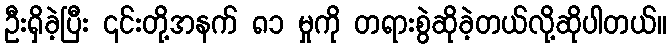
ဦးရှိခဲ့ပြီး ၎င်းတို့အနက် ၈၁ မှုကို တရားစွဲဆိုခဲ့တယ်လို့ဆိုပါတယ်။